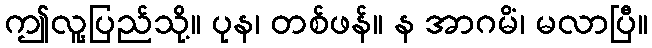
ဤလူ့ပြည်သို့။ ပုန၊ တစ်ဖန်။ န အာဂမိံ၊ မလာပြီ။